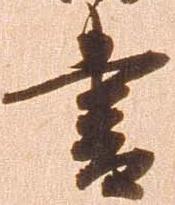
書